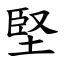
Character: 堅